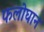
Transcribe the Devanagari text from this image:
फलोघान